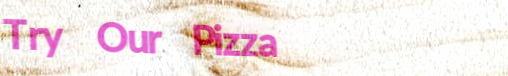
Try Our Pizza